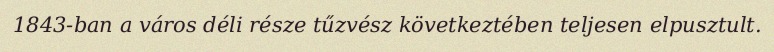
1843-ban a város déli része tűzvész következtében teljesen elpusztult.